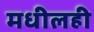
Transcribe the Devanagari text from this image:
मधीलही